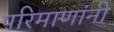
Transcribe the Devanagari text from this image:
परिमाणांनी